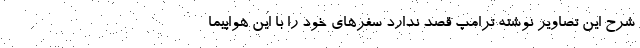
شرح این تصاویر نوشته ترامپ قصد ندارد سفر‌های خود را با این هواپیما